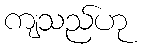
ကျသည်ဟု